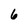
Character: 6